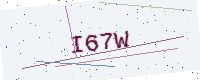
Text: I67W